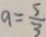
a = \frac { 5 } { 3 }